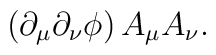
\left(\partial_\mu\partial_\nu\phi\right) A_\mu A_\nu.